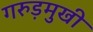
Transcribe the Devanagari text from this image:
गरुड़मुखी